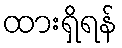
ထားရှိရန်